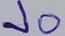
Text: Vo